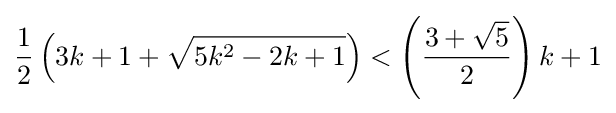
{\frac {1}{2}}\left(3k+1+{\sqrt {5k^{2}-2k+1}}\right)<\left({\frac {3+{\sqrt {5}}}{2}}\right)k+1